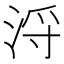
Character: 浖